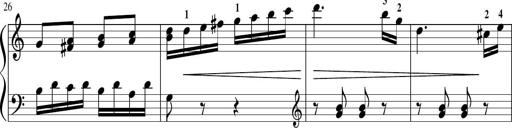
Title: Sonatina in G major
Composer: Friedrich Kuhlau
Key: G major